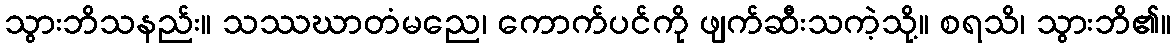
သွားဘိသနည်း။ သဿဃာတံမညေ၊ ကောက်ပင်ကို ဖျက်ဆီးသကဲ့သို့။ စရသိ၊ သွားဘိ၏။